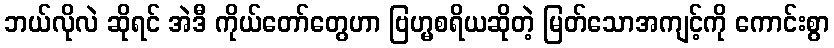
ဘယ်လိုလဲ ဆိုရင် အဲဒီ ကိုယ်တော်တွေဟာ ဗြဟ္မစရိယဆိုတဲ့ မြတ်သောအကျင့်ကို ကောင်းစွာ